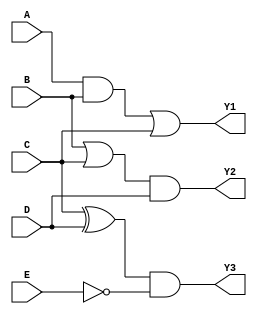
module comb_logic_block (
    input wire A,
    input wire B,
    input wire C,
    input wire D,
    input wire E,
    output wire Y1, // Output for Group 1
    output wire Y2, // Output for Group 2
    output wire Y3  // Output for Group 3
);

// Group 1: {A, B, C}
// Logic Function: Y1 = A AND B OR C
assign Y1 = (A & B) | C;

// Group 2: {B, C, D}
// Logic Function: Y2 = B OR C AND D
assign Y2 = (B | C) & D;

// Group 3: {C, D, E}
// Logic Function: Y3 = C XOR D AND NOT E
assign Y3 = (C ^ D) & ~E;

endmodule